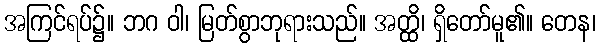
အကြင်ရပ်၌။ ဘဂ ဝါ၊ မြတ်စွာဘုရားသည်။ အတ္ထိ၊ ရှိတော်မူ၏။ တေန၊